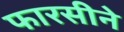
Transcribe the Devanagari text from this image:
फारसीने